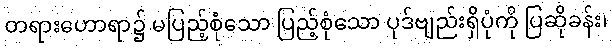
တရားဟောရာ၌ မပြည့်စုံသော ပြည့်စုံသော ပုဒ်ဗျည်းရှိပုံကို ပြဆိုခန်း၊